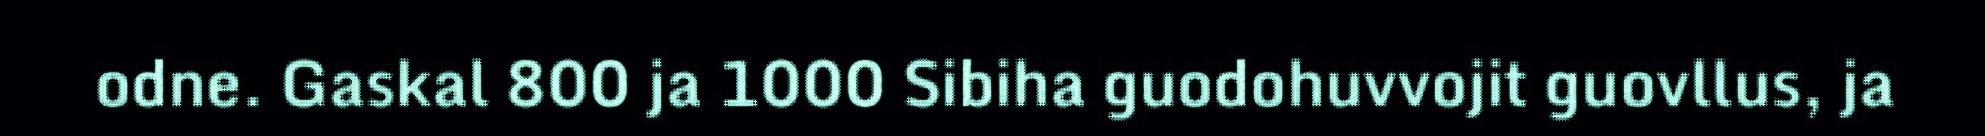
odne. Gaskal 800 ja 1000 Sibiha guodohuvvojit guovllus, ja